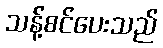
သန့်စင်ပေးသည်